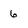
Character: 6